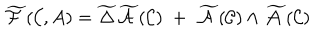
\widetilde { \cal F } ( { \cal { C } } , A ) = \widetilde { \Delta } \widetilde { \cal A } ( { \cal C } ) \; + \; \widetilde { \cal A } ( { \cal C } ) \wedge \widetilde { \cal A } ( { \cal C } )